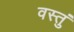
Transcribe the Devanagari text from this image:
वस्तुं